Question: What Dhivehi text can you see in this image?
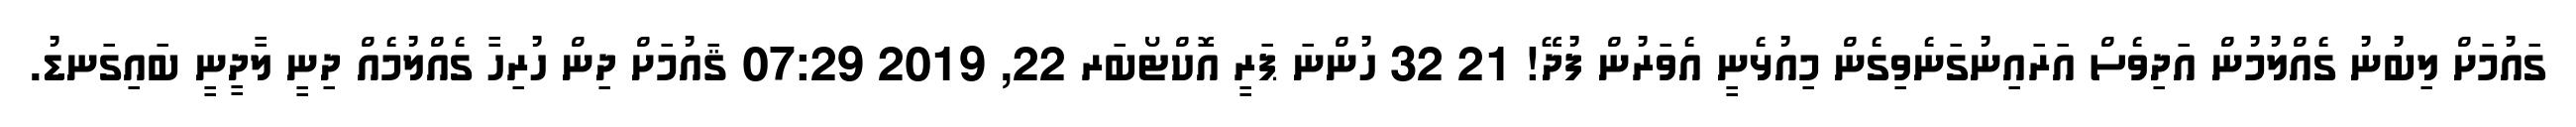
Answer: ގައުމަށް ލިބުނު ގެއްލުމުން އަދިވެސް އަރައިނުގަނެވިގެން މިއުޅެނީ އެވަރުން ފުދޭ! 21 32 ހުންނަ ޕަރީ އޮކްޓޯބަރ 22, 2019 07:29 ޤައުމަށް ދިން ހުރިހާ ގެއްލުމެއް ދިނީ ލާދީނީ ބައިގަނޑު.